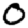
Digit: 0